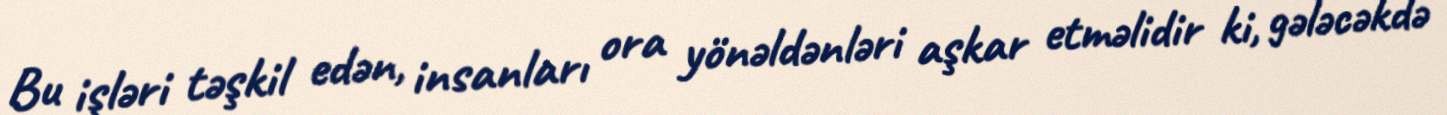
Bu işləri təşkil edən, insanları ora yönəldənləri aşkar etməlidir ki, gələcəkdə